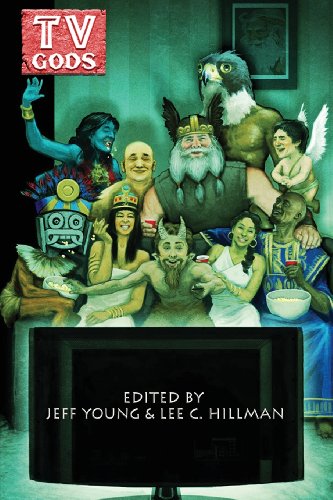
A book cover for TV Gods; Literature & Fiction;